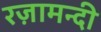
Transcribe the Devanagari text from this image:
रज़ामन्दी